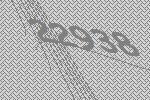
22938